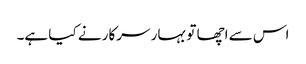
اس سے اچھا تو بہار سرکار نے کیا ہے۔